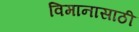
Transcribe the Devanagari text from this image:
विमानासाठी